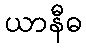
ယာနီဓ